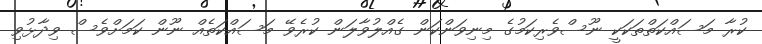
ކުރާ މަސައްކަތްތަކަކީ ނޫސްވެރިކަމުގެ މިނިވަންކަން ގެއްލުވާލަން ކުރެވޭ މަސައްކަތެއް ނޫން ކަމަށްވެސް ވިދާޅުވި